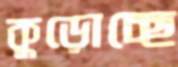
কুড়োচ্ছে